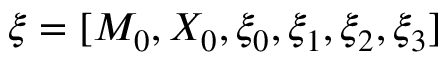
\xi = [ M _ { 0 } , X _ { 0 } , \xi _ { 0 } , \xi _ { 1 } , \xi _ { 2 } , \xi _ { 3 } ]